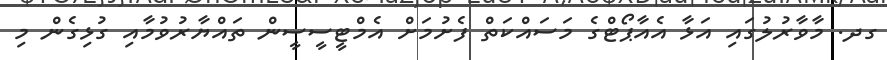
ގދ. މާވާރުލުގައި އަޅާ އެއާޕޯޓްގެ މަސަައްކަތް ފެށުމަށް އެމްޓީސީސީން ތައްޔާރުވުމާއި ގުޅިގެން މި